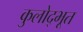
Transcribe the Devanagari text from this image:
कुलोद्‌भूत